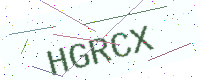
Text: HGRCX